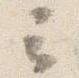
云